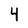
Character: 4